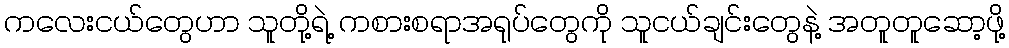
ကလေးငယ်တွေဟာ သူတို့ရဲ့ ကစားစရာအရုပ်တွေကို သူငယ်ချင်းတွေနဲ့ အတူတူဆော့ဖို့